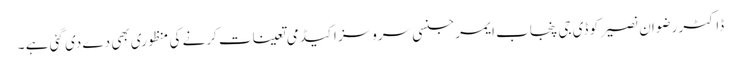
ڈاکٹر رضوان نصیر کو ڈی جی پنجاب ایمرجنسی سروسز اکیڈمی تعینات کرنے کی منظوری بھی دے دی گئی ہے ۔